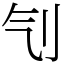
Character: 刏